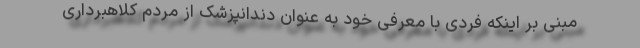
مبنی بر اینکه فردی با معرفی خود به عنوان دندانپزشک از مردم کلاهبرداری